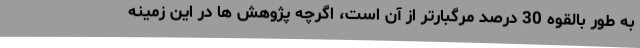
به طور بالقوه 30 درصد مرگبارتر از آن است، اگرچه پژوهش ها در این زمینه